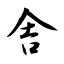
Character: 舎